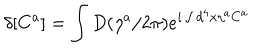
\delta [ C ^ { a } ] = \int D ( \eta ^ { a } / 2 \pi ) e ^ { i \int d ^ { 4 } x \eta ^ { a } C ^ { a } }